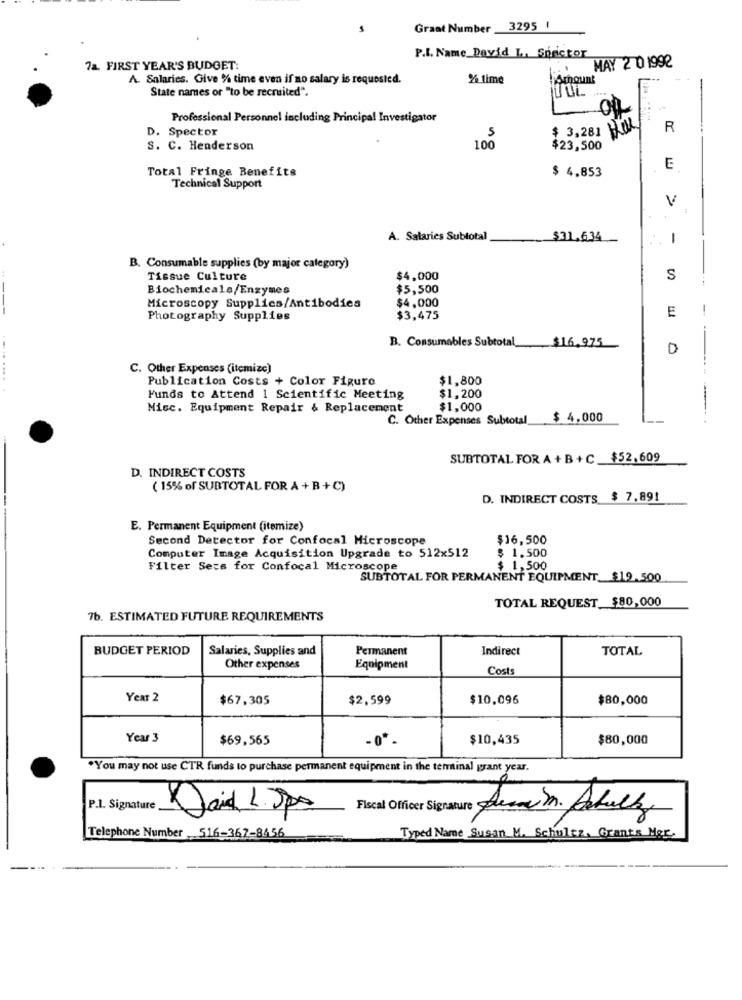
Graat Number 3295 1
P.I. Name David La Sprictor
72. FIRST YEAR'S BUDGET:
MAY 2 01992
A. Salaries. Give % time even if no salary is requested.
% time
Amount
State names or "to be recruited".
ULL
Professional Personnel including Principal Investigator
D. Spector
5
$ 3,281 HUL
R
S. C. Henderson
100
$23,500
Total Fringe Benefits
$ 4.853
E
Technical Support
V
A. Salaries Subtotal
$31,634
1
B. Consumable supplies (by major category)
Tissue Culture
$4,000
S
Biochemicals/Enzymes
$5,500
$4,000
Microscopy Supplies/Antibodies
E
-
Photography Supplies
$3,475
B. Consumables Subtotal
$16.975
0
C. Other Expenses (itemize)
.......
Publication Costs + Color Figure
$1,800
Funds to Attend 1 Scientific Meeting
$1,200
Misc. Equipment Repair & Replacement
$1,000
C. Other Expenses Subtotal $ 4.000
-----
SUBTOTAL FOR A + B +C $52,609
D. INDIRECT COSTS
( 15% of SUBTOTAL FOR A + B + C)
--
D. INDIRECT COSTS $ 7,89!
E. Permanent Equipment (itemize)
Second Detector for Confocal Microscope
$16,500
Computer Image Acquisition Upgrade to 512x512
$ 1.500
Filter Sexe for Confocal Microscope
$ 1,500
SUBTOTAL FOR PERMANENT EQUIPMENT_$19.500
TOTAL REQUEST_$80,000
7b. ESTIMATED FUTURE REQUIREMENTS
BUDGET PERIOD
Salaries, Supplies and
Permanent
Indirect
TOTAL
Other expenses
Equipment
Costs
Year 2
$67,305
$2,599
$10.096
$80,000
Year 3
$69,565
.0*
$10,435
$80,000
.You may not use CTR funds to purchase permanent equipment in the terminal grant year.
P.I. Signature
Daid L.Spa
Fiscal Officer Signature
Telephone Number 516-367-8456
Typed Name Susan M. Schultz, Grants Mer.